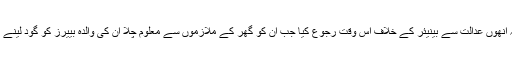
میئرز نے کہا کہ انھوں عدالت سے بینیئر کے خلاف اس وقت رجوع کیا جب ان کو گھر کے ملازموں سے معلوم چلا ان کی والدہ بییرز کو گود لینے کا سوچ رہی ہیں۔